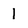
Character: l